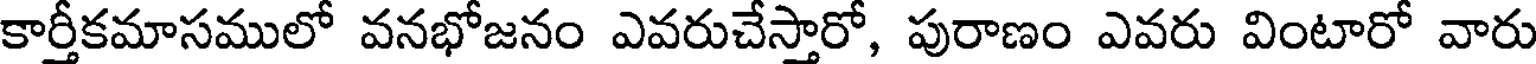
కార్తీకమాసములో వనభోజనం ఎవరుచేస్తారో, పురాణం ఎవరు వింటారో వారు